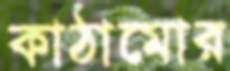
কাঠামোর